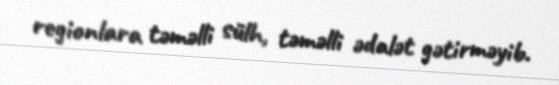
regionlara təməlli sülh, təməlli ədalət gətirməyib.